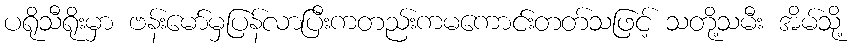
ပရိုသီရိုးမှာ ဗန်းမော်မှပြန်လာပြီးကတည်းကမကောင်းတတ်သဖြင့် သတို့သမီး အိမ်သို့